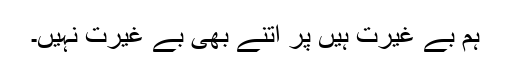
ہم بے غیرت ہیں پر اتنے بھی بے غیرت نہیں۔